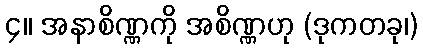
၄။ အနာစိဏ္ဏကို အစိဏ္ဏဟု (ဒုကတခု၊)